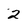
Character: 2